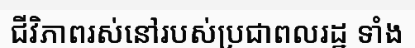
ជីវិភាពរស់នៅរបស់ប្រជាពលរដ្ឋ ទាំង